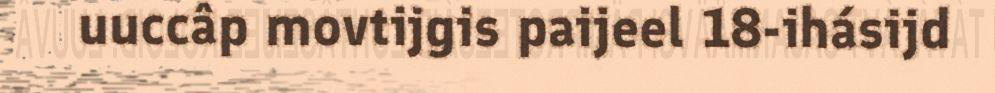
uuccâp movtijgis paijeel 18-ihásijd